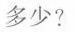
多少?